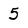
Character: 5